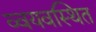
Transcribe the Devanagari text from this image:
व्वयवस्थित